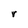
Character: r